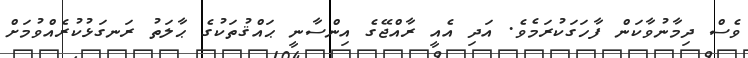
ވެސް ދިމާނުވާކަން ފާހަގަކުރަމެވެ. އަދި އެއީ ރާއްޖޭގެ އިންސާނީ ޙައްޤުތަކުގެ ޙާލަތު ރަނގަޅުކުރެއްވުމަށް